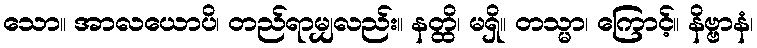
သော။ အာလယောပိ၊ တည်ရာမျှလည်း။ နတ္ထိ၊ မရှိ။ တသ္မာ၊ ကြောင့်။ နိဗ္ဗာနံ၊